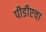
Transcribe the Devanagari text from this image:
पीडीएचा